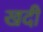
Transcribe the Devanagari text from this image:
खदी